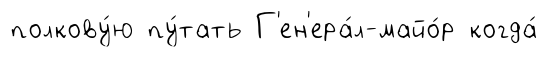
полкову́ю пу́тать Г'ен'ера́л-майо́р когда́